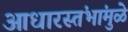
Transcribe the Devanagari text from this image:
आधारस्तंभांमुळे